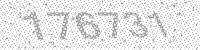
Solution: 176731